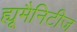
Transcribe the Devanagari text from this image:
ह्यूमैनिटीज